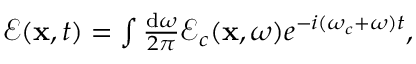
\begin{array} { r } { \boldsymbol { \mathcal { E } } ( \mathbf { x } , t ) = \int \frac { \mathrm { d } \omega } { 2 \pi } \boldsymbol { \mathcal { E } } _ { c } ( \mathbf { x } , \omega ) e ^ { - i ( \omega _ { c } + \omega ) t } , } \end{array}